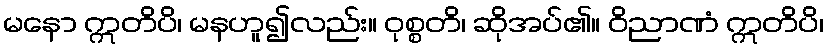
မနော ဣတိပိ၊ မနဟူ၍လည်း။ ဝုစ္စတိ၊ ဆိုအပ်၏။ ဝိညာဏံ ဣတိပိ၊